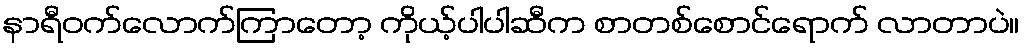
နာရီဝက်လောက်ကြာတော့ ကိုယ့်ပါပါဆီက စာတစ်စောင်ရောက် လာတာပဲ။